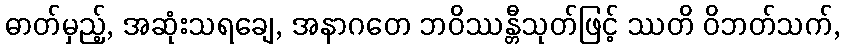
ဓာတ်မှည့်, အဆုံးသရချေ, အနာဂတေ ဘဝိဿန္တီသုတ်ဖြင့် ဿတိ ဝိဘတ်သက်,